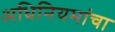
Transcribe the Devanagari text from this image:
अधिनियमांचा